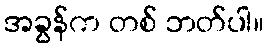
အခွန်က တစ် ဘတ်ပါ။